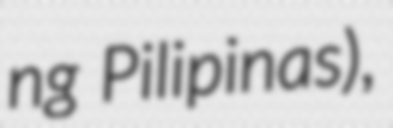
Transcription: ng Pilipinas),